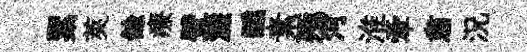
累莢餘療壁濓醺素殛河淮牽肅況